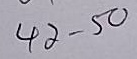
42 - 50